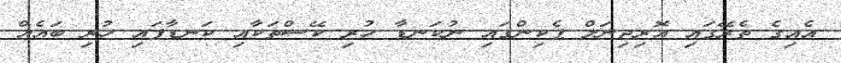
އެއިގެ ތެރޭގައި އޮރިޖިނަލް ޕެކިންގައި ނުކަނޑާ ހުރި ކޭސްތަކާއި ކަނޑާފައި ހުރި ބައެއް